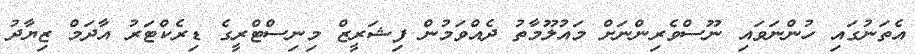
އެތަނުގައި ހުންނަވައި ނޫސްވެރިންނަށް މައުލޫމާތު ދެއްވަމުން ފިޝަރީޒް މިނިސްޓްރީގެ ޑިރެކްޓަރު އާދަމް ޒިޔާދު